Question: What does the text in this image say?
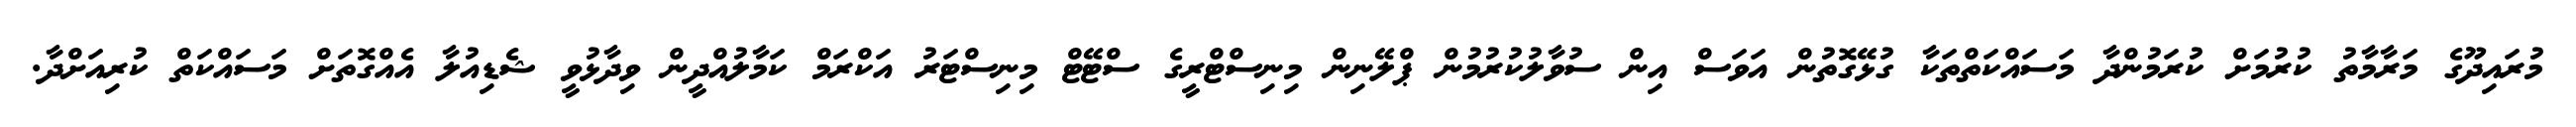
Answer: މުރައިދޫގެ މަރާމާތު ކުރުމަށް ކުރަމުންދާ މަސައްކަތްތަކާ ގުޅޭގޮތުން އަވަސް އިން ސުވާލުކުރުމުން ޕްލޭނިން މިނިސްޓްރީގެ ސްޓޭޓް މިނިސްޓަރު އަކްރަމް ކަމާލުއްދީން ވިދާޅުވީ ޝެޑިއުލާ އެއްގޮތަށް މަސައްކަތް ކުރިއަށްދާ.